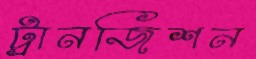
ট্রানজিশন